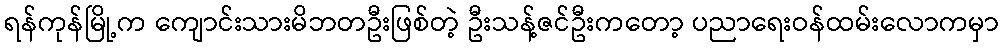
ရန်ကုန်မြို့က ကျောင်းသားမိဘတဦးဖြစ်တဲ့ ဦးသန့်ဇင်ဦးကတော့ ပညာရေးဝန်ထမ်းလောကမှာ